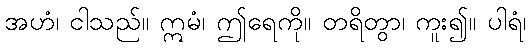
အဟံ၊ ငါသည်။ ဣမံ၊ ဤရေကို။ တရိတွာ၊ ကူး၍။ ပါရံ၊